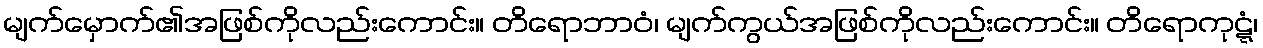
မျက်မှောက်၏အဖြစ်ကိုလည်းကောင်း။ တိရောဘာဝံ၊ မျက်ကွယ်အဖြစ်ကိုလည်းကောင်း။ တိရောကုဋ္ဋံ၊